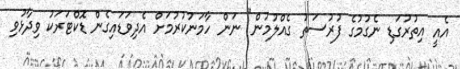
އެއީ އިތުރުގަޑި ނެގުމުގެ ފުރުސަތު ގެއްލުމުން" ނަން ހާމަނުކުރުމަށް އެދިވަޑައިގެން ޑޮކްޓަރަކު ވިދާޅުވި